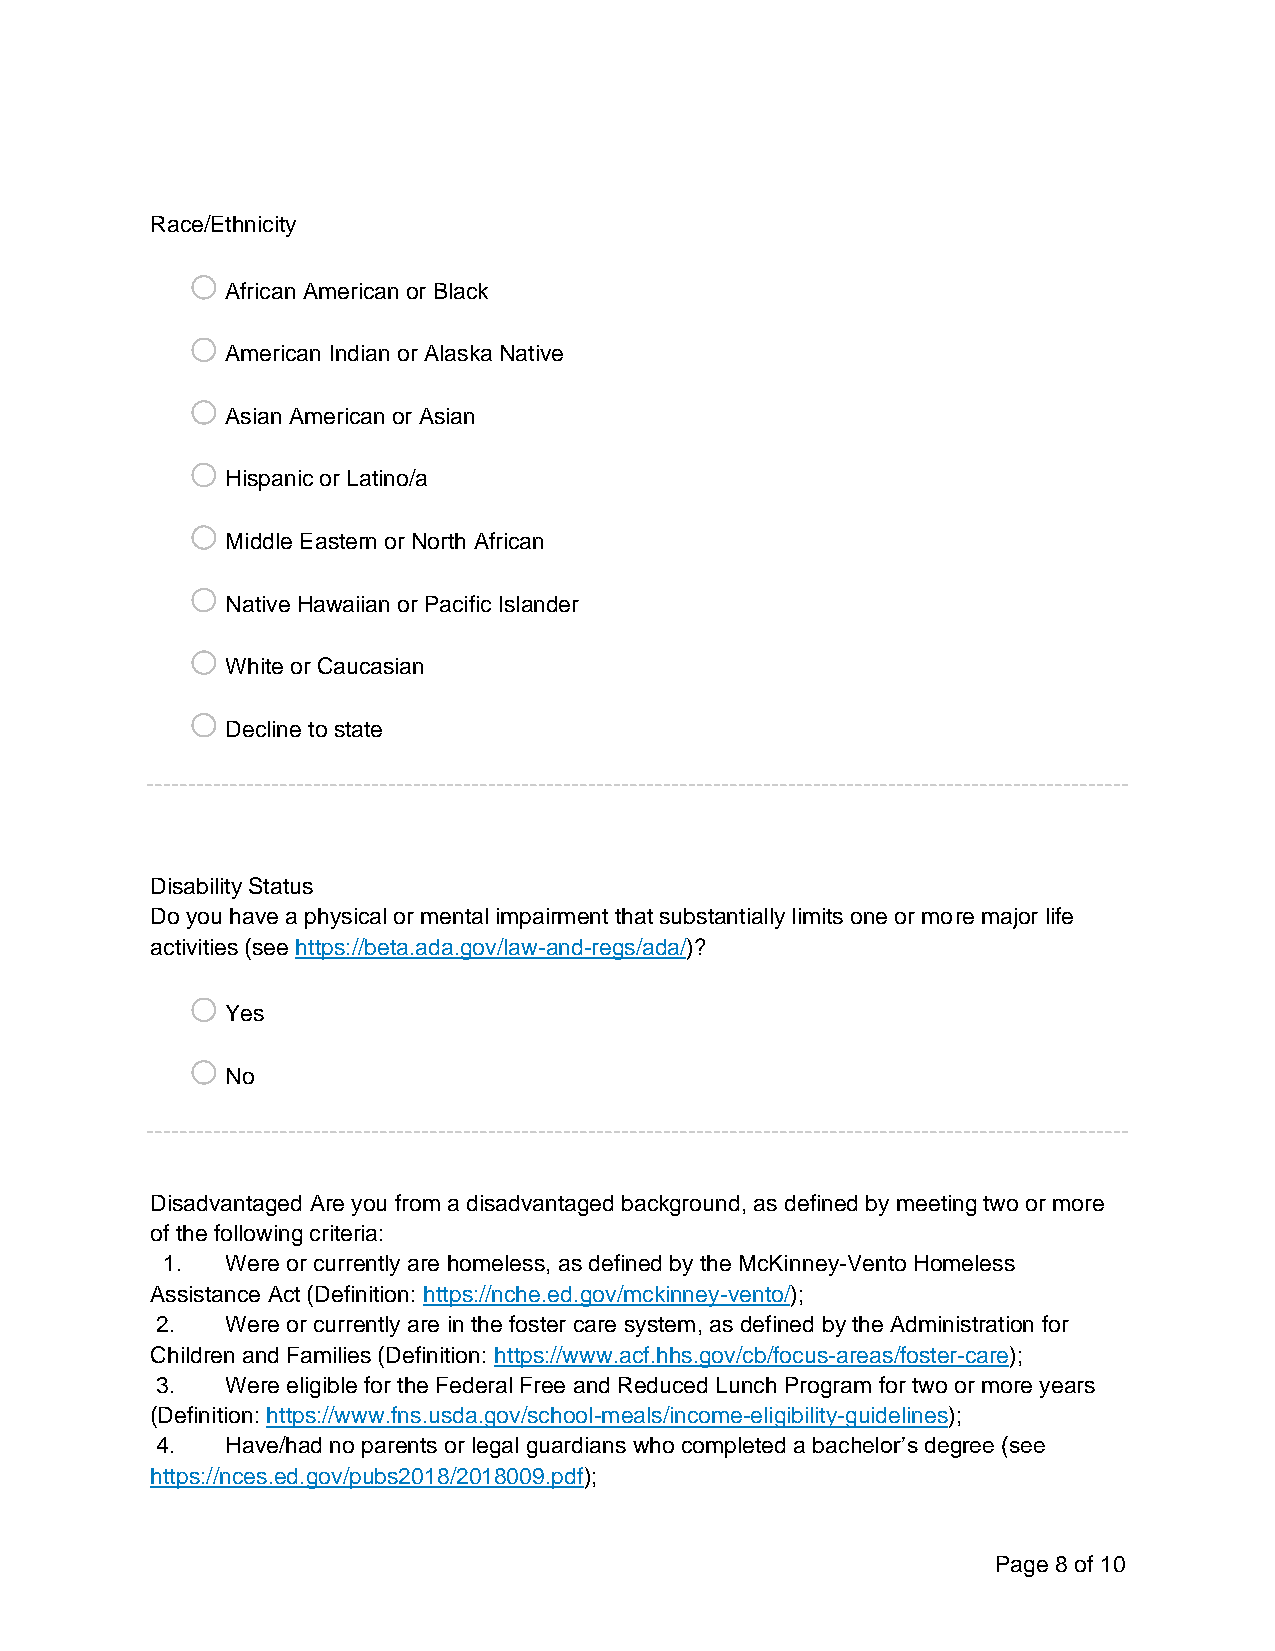
Race/Ethnicity
 o
 African American or Black
 o
 American Indian or Alaska Native
 o
 Asian American or Asian
 o
 Hispanic or Latino/a
 o
 Middle Eastern or North African
 o
 Native Hawaiian or Pacific Islander
 o
 White or Caucasian
 o
 Decline to state
 Disability Status
 Do you have a physical or mental impairment that substantially limits one or more major life
 activities (see https://beta.ada.gov/law-and-regs/ada/)?
 o
 Yes
 o
 No
 Disadvantaged Are you from a disadvantaged background, as defined by meeting two or more
 of the following criteria:
 1.  Were or currently are homeless, as defined by the McKinney-Vento Homeless
 Assistance Act (Definition: https://nche.ed.gov/mckinney-vento/);
 2.   Were or currently are in the foster care system, as defined by the Administration for
 Children and Families (Definition: https://www.acf.hhs.gov/cb/focus-areas/foster-care);
 3.   Were eligible for the Federal Free and Reduced Lunch Program for two or more years
 (Definition: https://www.fns.usda.gov/school-meals/income-eligibility-guidelines);
 4.   Have/had no parents or legal guardians who completed a bachelor’s degree (see
 https://nces.ed.gov/pubs2018/2018009.pdf);
 Page 8 of 10